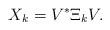
LaTeX: \begin{align*}X_k= V^* \Xi_k V.\end{align*}